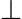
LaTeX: \bot